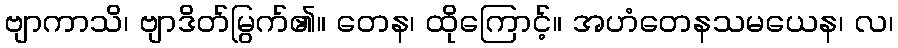
ဗျာကာသိ၊ ဗျာဒိတ်မြွက်၏။ တေန၊ ထိုကြောင့်။ အဟံတေနသမယေန၊ လ၊